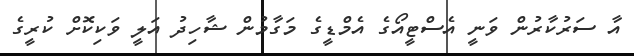
އާ ސަރުކާރުން ވަނީ އެސްޓީއޯގެ އެމްޑީގެ މަގާމުން ޝާހިދު އަލީ ވަކިކޮށް ކުރީގެ